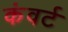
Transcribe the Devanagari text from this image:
कंवर्ट